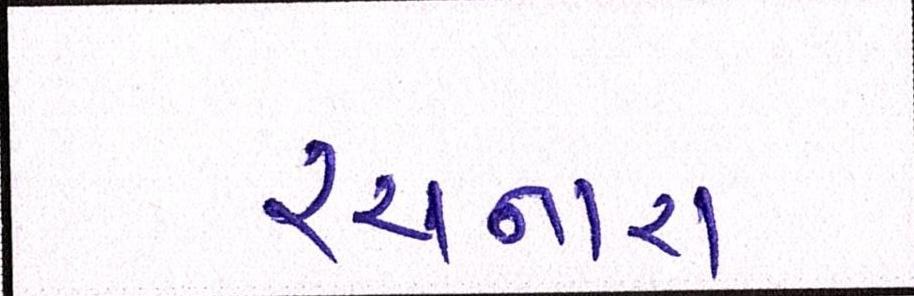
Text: રચનારા